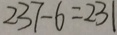
2 3 7 - 6 = 2 3 1